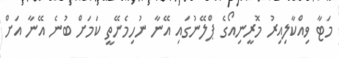
މަޓާ ވިއްކާލިއިރު މޮރީނިއޯގެ ޕްލޭނުގައި އޭނާ ނުހިމެނޭތީ ކަމަށް ބުނެ އޭނާ އަށް